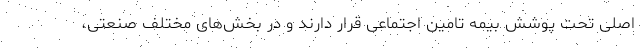
اصلی تحت پوشش بیمه تامین اجتماعی قرار دارند و در بخش‌های مختلف صنعتی،